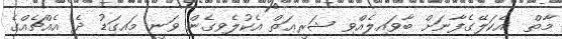
މާތް  އެކަލޭގެފާނަށް ބާވައިލެއްވި ޝަރީޢަތް އެކުލެވިގެން ވަނީ މައިގަޑު ދެ އެއްޗެއްގެ